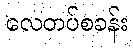
လေတပ်စခန်း